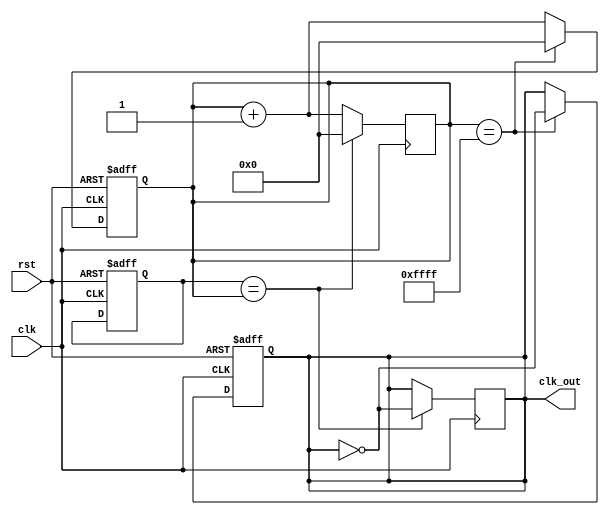
module fractional_clock_divider (
  input wire clk,
  input wire rst,
  output wire clk_out
);

reg [15:0] divider;
reg [15:0] counter;
reg clk_out_reg;

always @(posedge clk or posedge rst) begin
  if (rst) begin
    divider <= 16'h8000; // Set divider to divide by half
    counter <= 16'b0;
    clk_out_reg <= 1'b0;
  end else begin
    if (counter == 16'hFFFF) begin
      counter <= 16'b0;
      clk_out_reg <= ~clk_out_reg;
    end else begin
      counter <= counter + 1;
    end
  end
end

always @(posedge clk) begin
  if (divider == counter) begin
    counter <= 16'b0;
    clk_out_reg <= ~clk_out_reg;
  end else begin
    counter <= counter + 1;
  end
end

assign clk_out = clk_out_reg;

endmodule